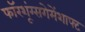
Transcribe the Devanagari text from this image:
फॉरशूंग्सगेमेंशाफ्ट